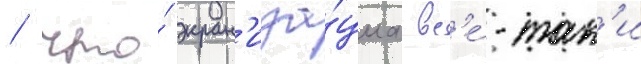
/ что́ экран'иза́циа вс'е́-так'и